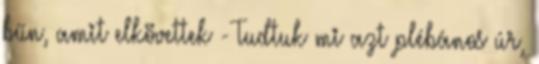
bűn, amit elkövettek - Tudtuk mi azt plébános úr,